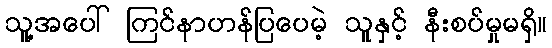
သူ့အပေါ် ကြင်နာဟန်ပြပေမဲ့ သူနှင့် နီးစပ်မှုမရှိ။